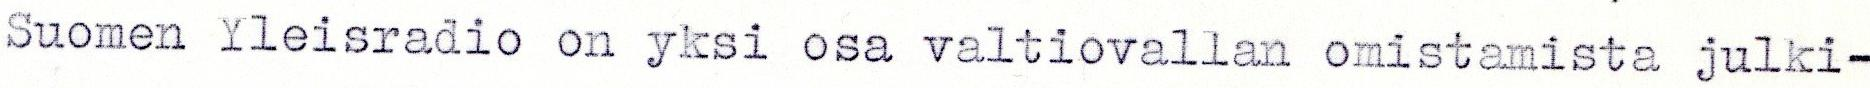
Suomen Yleisradio on yksi osa valtiovallan omistamista julki-